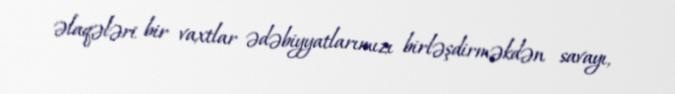
əlaqələri bir vaxtlar ədəbiyyatlarımızı birləşdirməkdən savayı,